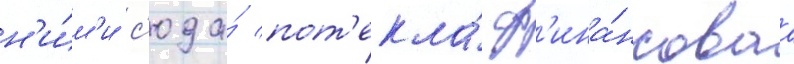
н'и́м'и с'юда́ пот'екла́ ф'ина́нсоваа